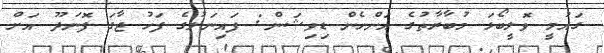
ގައުމީ ވޮލީބޯޅަ މުބާރާތުގެ އަންހެން ޑިވިޝަން: ފައިނަލުގެ ފަހު ޖާގަ ފޮނަދޫ އަށް